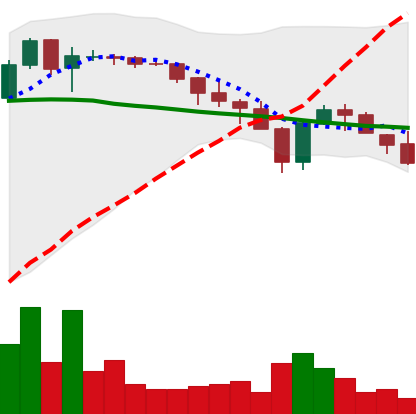
Ticker: XLM-USD
Chart end date: 2018-05-17
Forward return: -3.96%
Label: down_3_5